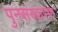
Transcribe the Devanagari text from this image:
पुनसंस्करण